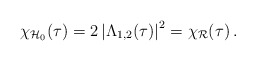
\begin{align*}\chi_{\mathcal{H}_0}(\tau) = 2 \left| \Lambda_{1,2}(\tau) \right|^2 = \chi_{\mathcal{R}}(\tau) \,.\end{align*}